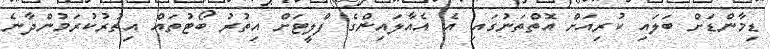
ޑިމާންޑަށް ބަލައި ކުރިއަށް އޮތްތަނުގައި އެ އެއާލައިންގެ ފްލީޓަށް އިތުރު ބޯޓުތައް އިތުރުކުރަމުންދާނެ